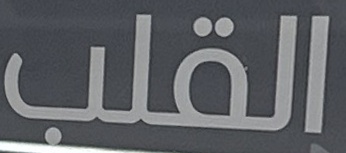
القلب